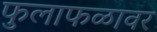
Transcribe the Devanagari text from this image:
फुलाफळावर